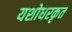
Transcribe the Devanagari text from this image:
यशोधरकृत